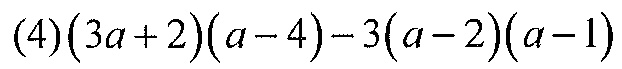
\((4)(3a + 2)(a - 4)-3(a - 2)(a - 1)\)